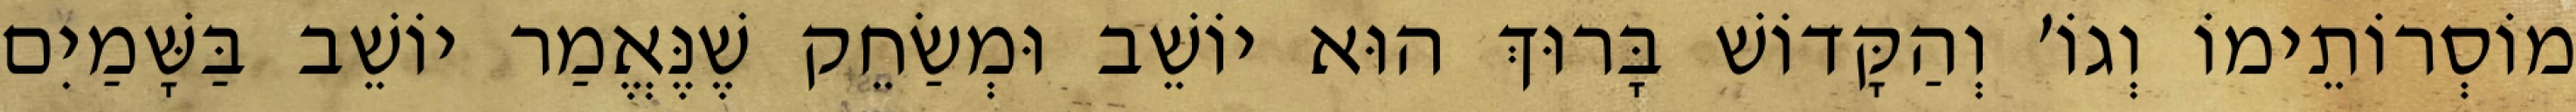
מוֹסְרוֹתֵימוֹ וְגוֹ׳ וְהַקָּדוֹשׁ בָּרוּךְ הוּא יוֹשֵׁב וּמְשַׂחֵק שֶׁנֶּאֱמַר יוֹשֵׁב בַּשָּׁמַיִם